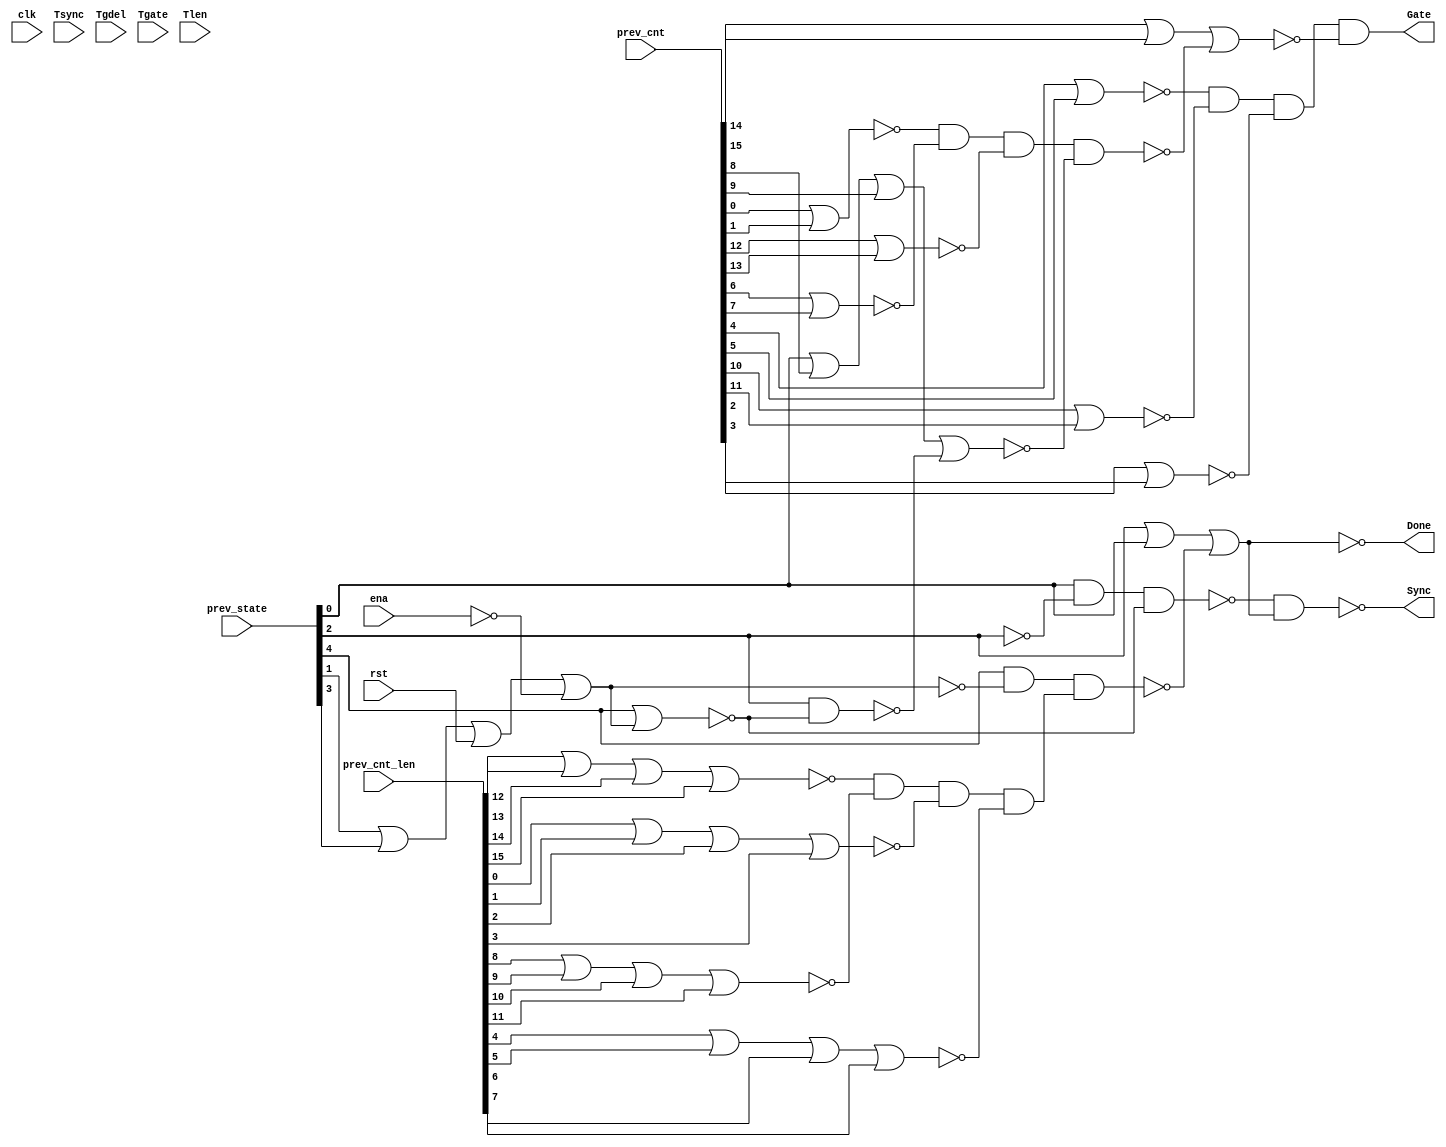

// Generated by Cadence Genus(TM) Synthesis Solution 19.20-d227_1
// Generated on: Jun 16 2021 18:28:23 PDT (Jun 17 2021 01:28:23 UTC)

// Verification Directory fv/top 

module top(clk, ena, rst, Tsync, Tgdel, Tgate, Tlen, Sync, Gate, Done,
     prev_state, prev_cnt, prev_cnt_len);
  input clk, ena, rst;
  input [7:0] Tsync, Tgdel;
  input [15:0] Tgate, Tlen, prev_cnt, prev_cnt_len;
  input [4:0] prev_state;
  output Sync, Gate, Done;
  wire clk, ena, rst;
  wire [7:0] Tsync, Tgdel;
  wire [15:0] Tgate, Tlen, prev_cnt, prev_cnt_len;
  wire [4:0] prev_state;
  wire Sync, Gate, Done;
  wire n_0, n_1, n_2, n_3, n_4, n_5, n_6, n_7;
  wire n_8, n_9, n_10, n_11, n_12, n_13, n_14, n_15;
  wire n_16, n_17, n_18, n_19, n_20, n_21, n_22, n_23;
  wire n_24, n_25;
  and g1891 (n_25, n_4, n_3, n_2, n_24);
  nor g1892 (n_24, prev_cnt[14], prev_cnt[15], n_23);
  nand g1894 (n_23, n_7, n_5, n_6, n_21);
  nand g1893 (n_22, n_18, n_19);
  nor g1898 (n_21, prev_state[0], prev_cnt[8], prev_cnt[9], n_17);
  not g1895 (n_20, n_19);
  or g1896 (n_19, prev_state[2], prev_state[0], n_15);
  nand g1899 (n_18, prev_state[0], n_0, n_16);
  nand g1900 (n_17, prev_state[2], n_16);
  nand g1897 (n_15, prev_state[4], n_12, n_14);
  nor g1902 (n_16, prev_state[4], n_13);
  and g1901 (n_14, n_11, n_9, n_10, n_8);
  not g1903 (n_13, n_12);
  nor g1905 (n_12, prev_state[1], prev_state[3], rst, n_1);
  nor g1906 (n_11, prev_cnt_len[12], prev_cnt_len[13],
       prev_cnt_len[14], prev_cnt_len[15]);
  nor g1907 (n_10, prev_cnt_len[0], prev_cnt_len[1], prev_cnt_len[2],
       prev_cnt_len[3]);
  nor g1908 (n_9, prev_cnt_len[8], prev_cnt_len[9], prev_cnt_len[10],
       prev_cnt_len[11]);
  nor g1904 (n_8, prev_cnt_len[4], prev_cnt_len[5], prev_cnt_len[6],
       prev_cnt_len[7]);
  nor g1909 (n_7, prev_cnt[0], prev_cnt[1]);
  nor g1910 (n_6, prev_cnt[12], prev_cnt[13]);
  nor g1911 (n_5, prev_cnt[6], prev_cnt[7]);
  nor g1912 (n_4, prev_cnt[4], prev_cnt[5]);
  nor g1913 (n_3, prev_cnt[10], prev_cnt[11]);
  nor g1914 (n_2, prev_cnt[2], prev_cnt[3]);
  not g1915 (n_1, ena);
  not g1916 (n_0, prev_state[2]);
  assign Gate = n_25;
  assign Sync = n_22;
  assign Done = n_20;
endmodule